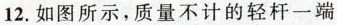
12.如图所示，质量不计的轻杆一端